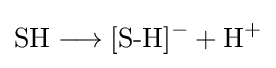
{{\text{SH}}{}\mathrel {\longrightarrow } {}{\text{[S-H]}}{\vphantom {A}}^{-}{}+{}{\text{H}}{\vphantom {A}}^{+}}